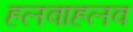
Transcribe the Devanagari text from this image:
हलवाहलव